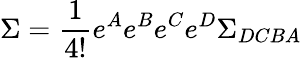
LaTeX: \Sigma=\frac{1}{4!}e^{A}e^{B}e^{C}e^{D}\Sigma_{DCBA}